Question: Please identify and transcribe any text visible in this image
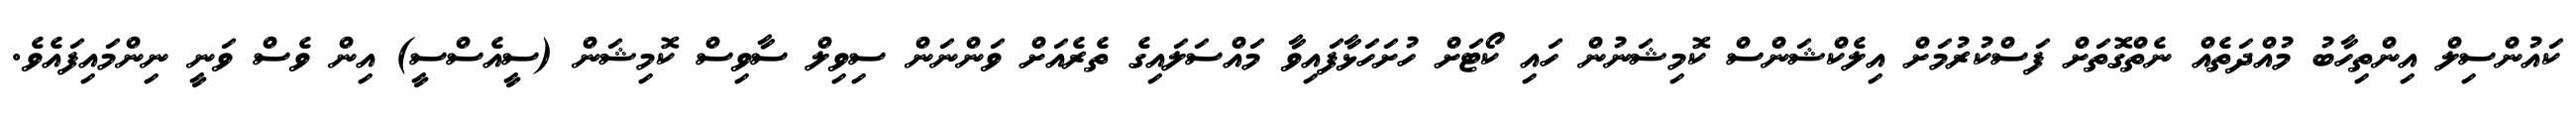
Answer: ކައުންސިލް އިންތިހާބު މުއްދަތެއް ނެތްގޮތަށް ފަސްކުރުމަށް އިލެކްޝަންސް ކޮމިޝަނުން ހައި ކޯޓަށް ހުށަހަޅާފައިވާ މައްސަލައިގެ ތެރެއަށް ވަންނަން ސިވިލް ސާވިސް ކޮމިޝަން (ސީއެސްސީ) އިން ވެސް ވަނީ ނިންމައިފައެވެ.